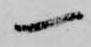
一